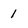
Character: 1